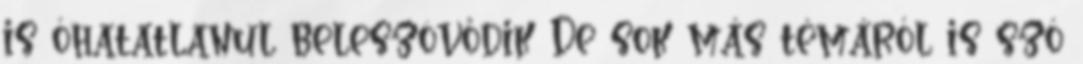
is óhatatlanul beleszövődik De sok más témáról is szó